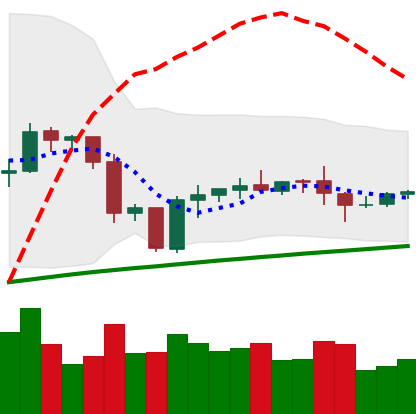
Ticker: ETH-USD
Chart end date: 2020-10-05
Forward return: 4.806%
Label: up_3_5